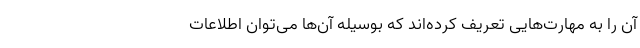
آن را به مهارت‌هایی تعریف کرده‌اند که بوسیله آن‌ها می‌توان اطلاعات